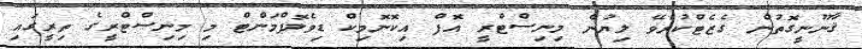
ޤާނޫނީގޮތުން ގެޒެޓްކުރެވޭ ލިޔުން މިނިސްޓްރީ އޮފް އިކޮނޮމިކް ޑިވެލޮޕްމަންޓް މި މިނިސްޓްރީގެ ތިރީގައި